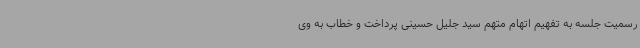
رسمیت جلسه به تفهیم اتهام متهم سید جلیل حسینی پرداخت و خطاب به وی